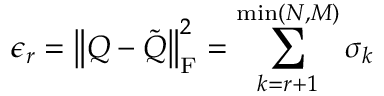
\epsilon _ { r } = \left\| Q - \tilde { Q } \right\| _ { \mathrm { F } } ^ { 2 } = \sum _ { k = r + 1 } ^ { \operatorname* { m i n } ( N , M ) } \sigma _ { k }